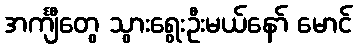
အင်္ကျီတွေ သွားရွေးဦးမယ်နော် မောင်